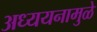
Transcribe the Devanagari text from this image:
अध्ययनामुळे